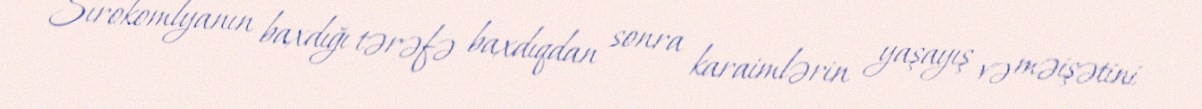
Sırokomlyanın baxdığı tərəfə baxdıqdan sonra karaimlərin yaşayış və məişətini